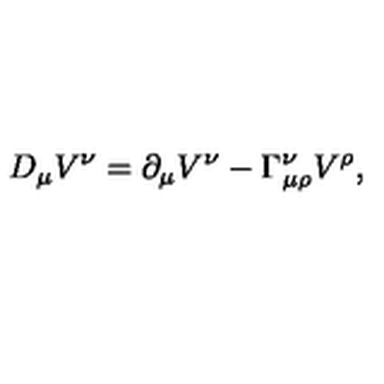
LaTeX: D _ { \mu } V ^ { \nu } = \partial _ { \mu } V ^ { \nu } - \Gamma _ { \mu \rho } ^ { \nu } V ^ { \rho } ,